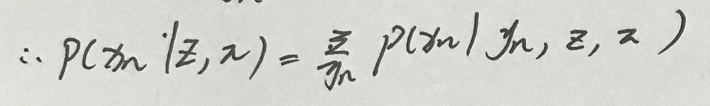
\[
\therefore p(x_n|z, \pi)=\frac{z}{\gamma_n} p(x_n|\gamma_n, z, \pi)
\]